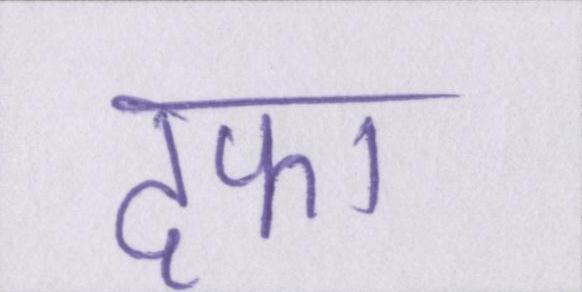
दफा